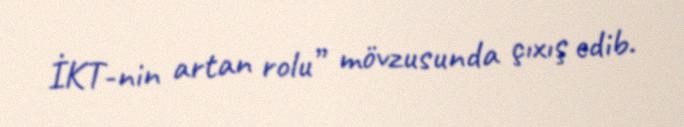
İKT-nin artan rolu” mövzusunda çıxış edib.